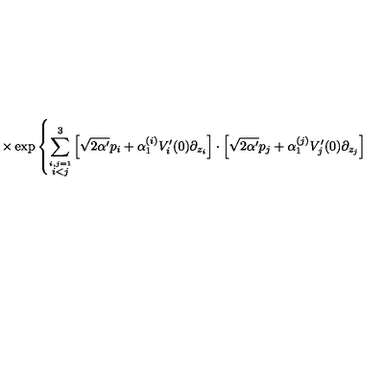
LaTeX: \times \exp \left\{ \sum _ { \stackrel { i , j = 1 } { i < j } } ^ { 3 } \left[ \sqrt { 2 \alpha ^ { \prime } } p _ { i } + \alpha _ { 1 } ^ { ( i ) } V _ { i } ^ { \prime } ( 0 ) \partial _ { z _ { i } } \right] \cdot \left[ \sqrt { 2 \alpha ^ { \prime } } p _ { j } + \alpha _ { 1 } ^ { ( j ) } V _ { j } ^ { \prime } ( 0 ) \partial _ { z _ { j } } \right] \right.